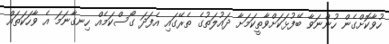
ހުވާކޮށްގެން ހުންނަވާ ބޭފުޅަކަށްވާތީކަމަށާ ދައުލަތުގެ ތެރޭގައި އެފަދަ ގޯސްކަމެއް ހިނގާނަމަ އެ ވާހަކަތައް